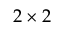
2 \times 2